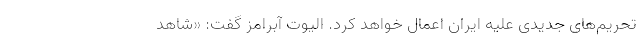
تحریم‌های جدیدی علیه ایران اعمال خواهد کرد. الیوت آبرامز گفت: «شاهد